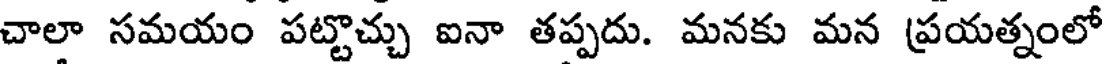
చాలా సమయం పట్టొచ్చు ఐనా తప్పదు. మనకు మన ప్రయత్నంలో